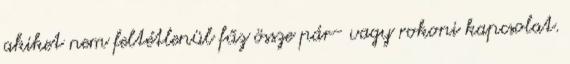
akiket nem feltétlenül fűz össze pár- vagy rokoni kapcsolat.